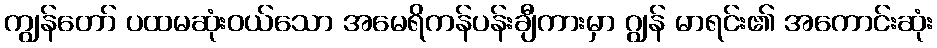
ကျွန်တော် ပထမဆုံးဝယ်သော အမေရိကန်ပန်းချီကားမှာ ဂျွန် မာရင်း၏ အကောင်းဆုံး